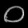
Digit: ၀